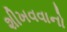
શીખવવાનો